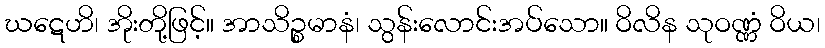
ဃဋေဟိ၊ အိုးတို့ဖြင့်။ အာသိဉ္စမာနံ၊ သွန်းလောင်းအပ်သော။ ဝိလိန သုဝဏ္ဏံ ဝိယ၊